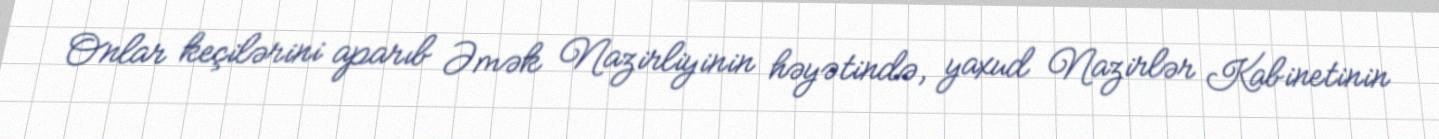
Onlar keçilərini aparıb Əmək Nazirliyinin həyətində, yaxud Nazirlər Kabinetinin